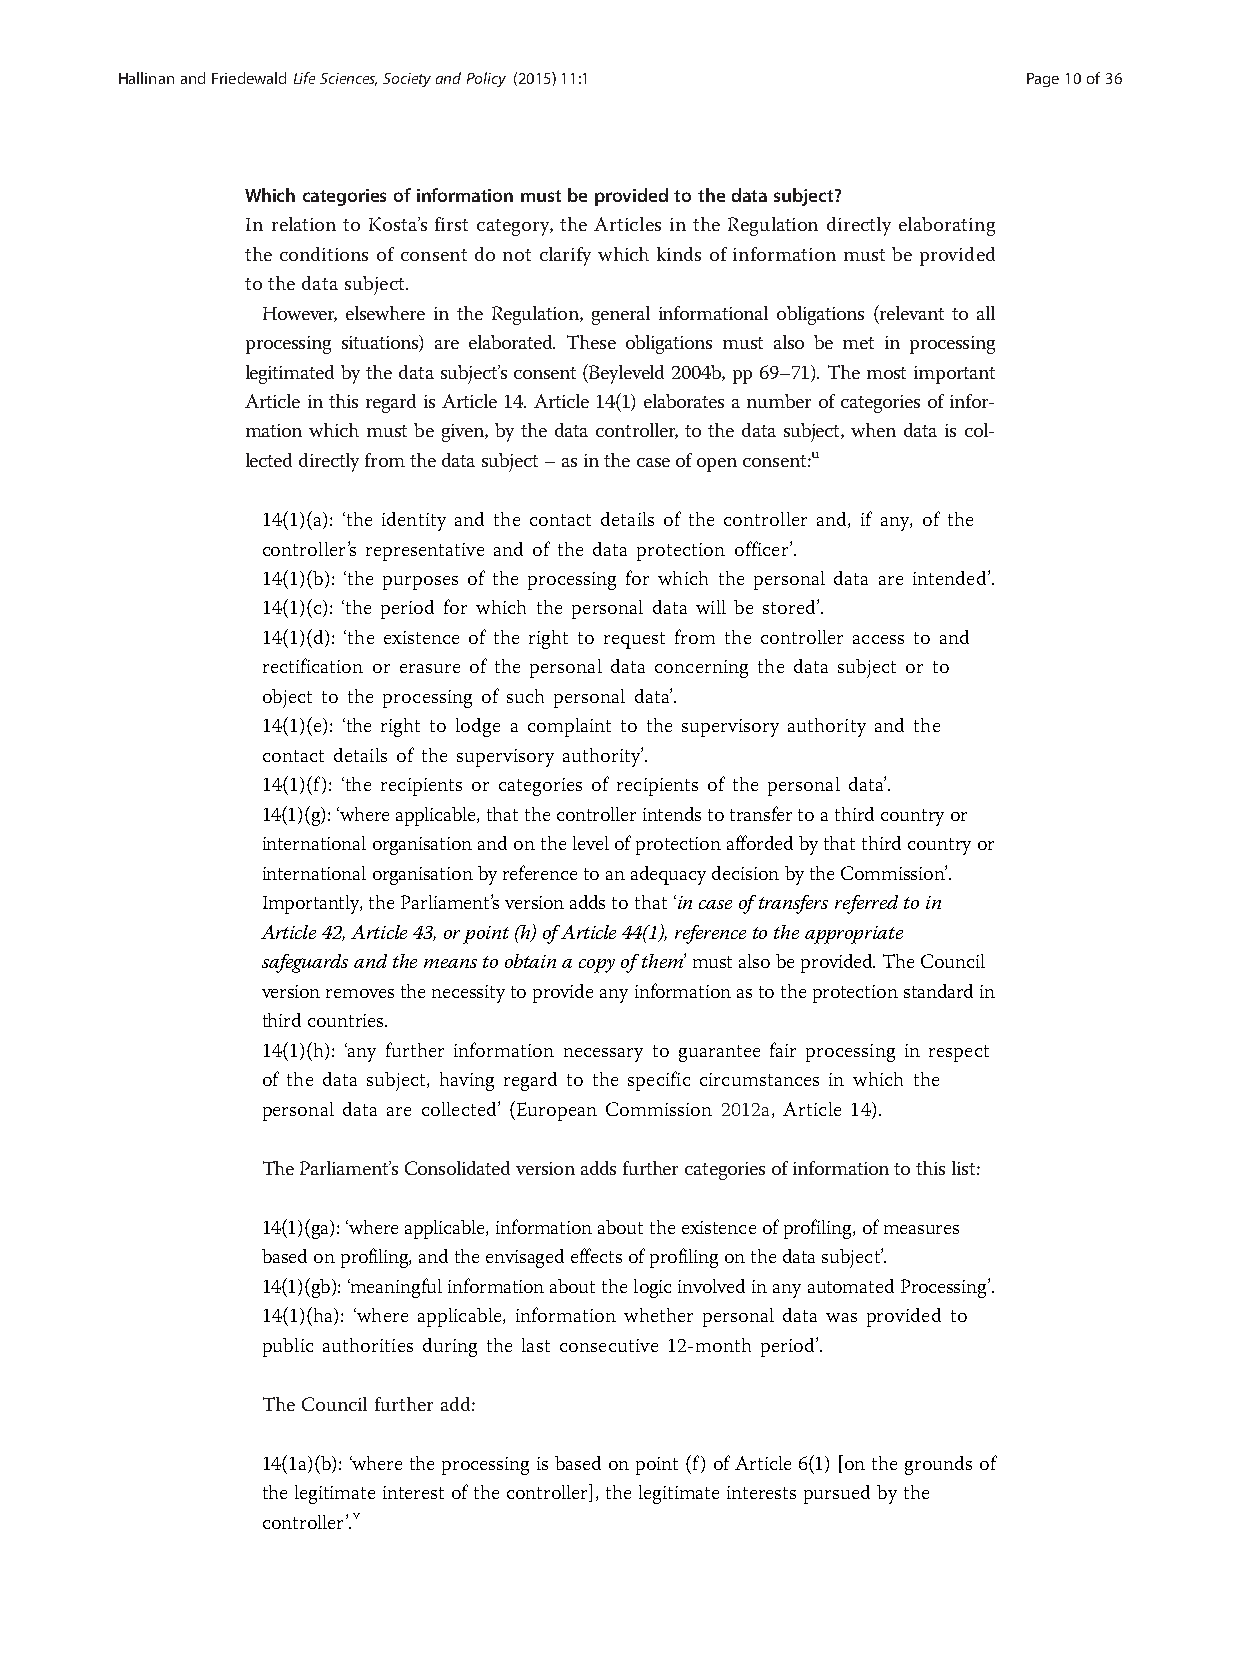
HallinanandFriedewaldLifeSciences,SocietyandPolicy (2015) 11:1 Page10of36
 Whichcategoriesofinformationmustbeprovidedtothedatasubject?
 In relation to Kosta’s first category, the Articles in the Regulation directly elaborating
 the conditions of consent do not clarify which kinds of information must be provided
 tothedatasubject.
 However, elsewhere in the Regulation, general informational obligations (relevant to all
 processing situations) are elaborated. These obligations must also be met in processing
 legitimatedbythedata subject’sconsent(Beyleveld2004b,pp69–71).Themostimportant
 ArticleinthisregardisArticle14.Article14(1)elaboratesanumberofcategoriesofinfor-
 mation which must be given, by the data controller, to the data subject, when data is col-
 lecteddirectlyfromthedatasubject–asinthecaseofopenconsent:u
 14(1)(a): ‘the identity and the contact details of the controller and, if any, of the
 controller’s representative and of the data protection officer’.
 14(1)(b): ‘the purposes of the processing for which the personal data are intended’.
 14(1)(c): ‘the period for which the personal data will be stored’.
 14(1)(d): ‘the existence of the right to request from the controller access to and
 rectification or erasure of the personal data concerning the data subject or to
 object to the processing of such personal data’.
 14(1)(e): ‘the right to lodge a complaint to the supervisory authority and the
 contact details of the supervisory authority’.
 14(1)(f): ‘the recipients or categories of recipients of the personal data’.
 14(1)(g):‘whereapplicable,thatthecontrollerintendstotransfertoathirdcountryor
 internationalorganisationandonthelevelofprotectionaffordedbythatthirdcountryor
 internationalorganisationbyreferencetoanadequacydecisionbytheCommission’.
 Importantly,theParliament’sversionaddstothat‘incaseoftransfersreferredtoin
 Article42,Article43,orpoint(h)ofArticle44(1),referencetotheappropriate
 safeguardsandthemeanstoobtainacopyofthem’mustalsobeprovided.TheCouncil
 versionremovesthenecessitytoprovideanyinformationastotheprotectionstandardin
 thirdcountries.
 14(1)(h): ‘any further information necessary to guarantee fair processing in respect
 of the data subject, having regard to the specific circumstances in which the
 personal data are collected’ (European Commission 2012a, Article 14).
 TheParliament’sConsolidatedversionaddsfurthercategoriesofinformationtothislist:
 14(1)(ga):‘whereapplicable,informationabouttheexistenceofprofiling,ofmeasures
 basedonprofiling,andtheenvisagedeffectsofprofilingonthedatasubject’.
 14(1)(gb):‘meaningfulinformationaboutthelogicinvolvedinanyautomatedProcessing’.
 14(1)(ha): ‘where applicable, information whether personal data was provided to
 public authorities during the last consecutive 12-month period’.
 TheCouncil furtheradd:
 14(1a)(b):‘wherethe processingisbasedonpoint (f)ofArticle6(1) [onthegrounds of
 thelegitimate interest ofthe controller],thelegitimate interestspursuedbythe
 controller’.v